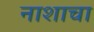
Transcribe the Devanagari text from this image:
नाशाचा